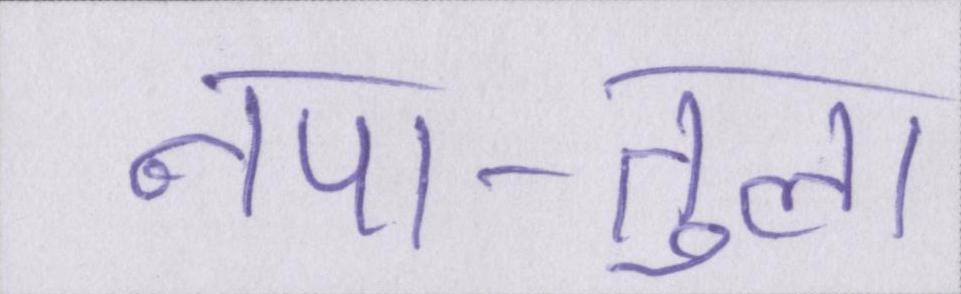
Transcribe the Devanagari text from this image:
नपा-तुला